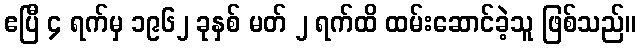
ဧပြီ ၄ ရက်မှ ၁၉၆၂ ခုနှစ် မတ် ၂ ရက်ထိ ထမ်းဆောင်ခဲ့သူ ဖြစ်သည်။